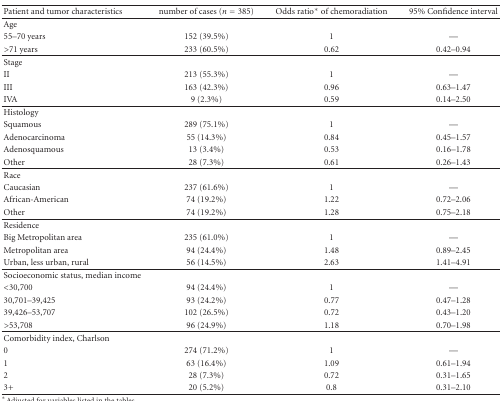
<table><thead><tr><td><b>Patient and tumor characteristics</b></td><td><b>number of cases (<i>n</i> = 385)</b></td><td><b>Odds ratio* of chemoradiation</b></td><td><b>95% Confidence interval</b></td></tr></thead><tbody><tr><td>Age</td><td></td><td></td><td></td></tr><tr><td>55–70 years</td><td>152 (39.5%)</td><td>1</td><td>—</td></tr><tr><td>&gt;71 years</td><td>233 (60.5%)</td><td>0.62</td><td>0.42–0.94</td></tr><tr><td>Stage</td><td></td><td></td><td></td></tr><tr><td>II</td><td>213 (55.3%)</td><td>1</td><td>—</td></tr><tr><td>III</td><td>163 (42.3%)</td><td>0.96</td><td>0.63–1.47</td></tr><tr><td>IVA</td><td>9 (2.3%)</td><td>0.59</td><td>0.14–2.50</td></tr><tr><td>Histology</td><td></td><td></td><td></td></tr><tr><td>Squamous</td><td>289 (75.1%)</td><td>1</td><td>—</td></tr><tr><td>Adenocarcinoma</td><td>55 (14.3%)</td><td>0.84</td><td>0.45–1.57</td></tr><tr><td>Adenosquamous</td><td>13 (3.4%)</td><td>0.53</td><td>0.16–1.78</td></tr><tr><td>Other</td><td>28 (7.3%)</td><td>0.61</td><td>0.26–1.43</td></tr><tr><td>Race</td><td></td><td></td><td></td></tr><tr><td>Caucasian</td><td>237 (61.6%)</td><td>1</td><td>—</td></tr><tr><td>African-American</td><td>74 (19.2%)</td><td>1.22</td><td>0.72–2.06</td></tr><tr><td>Other</td><td>74 (19.2%)</td><td>1.28</td><td>0.75–2.18</td></tr><tr><td>Residence</td><td></td><td></td><td></td></tr><tr><td>Big Metropolitan area</td><td>235 (61.0%)</td><td>1</td><td>—</td></tr><tr><td>Metropolitan area</td><td>94 (24.4%)</td><td>1.48</td><td>0.89–2.45</td></tr><tr><td>Urban, less urban, rural</td><td>56 (14.5%)</td><td>2.63</td><td>1.41–4.91</td></tr><tr><td>Socioeconomic status, median income</td><td></td><td></td><td></td></tr><tr><td>&lt;30,700</td><td>94 (24.4%)</td><td>1</td><td>—</td></tr><tr><td>30,701–39,425</td><td>93 (24.2%)</td><td>0.77</td><td>0.47–1.28</td></tr><tr><td>39,426–53,707</td><td>102 (26.5%)</td><td>0.72</td><td>0.43–1.20</td></tr><tr><td>&gt;53,708</td><td>96 (24.9%)</td><td>1.18</td><td>0.70–1.98</td></tr><tr><td>Comorbidity index, Charlson</td><td></td><td></td><td></td></tr><tr><td>0</td><td>274 (71.2%)</td><td>1</td><td>—</td></tr><tr><td>1</td><td>63 (16.4%)</td><td>1.09</td><td>0.61–1.94</td></tr><tr><td>2</td><td>28 (7.3%)</td><td>0.72</td><td>0.31–1.65</td></tr><tr><td>3+</td><td>20 (5.2%)</td><td>0.8</td><td>0.31–2.10</td></tr></tbody></table>